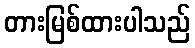
တားမြစ်ထားပါသည်